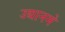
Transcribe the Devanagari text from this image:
उद्यानमें